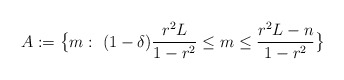
\begin{align*}A:=\bigl\{m: \ (1-\delta)\frac{r^2 L}{1-r^2}\leq m\leq \frac{r^2 L-n}{1-r^2}\bigr\}\end{align*}